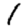
Digit: 1